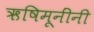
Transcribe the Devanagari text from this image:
ऋषिमूनींनी